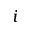
i